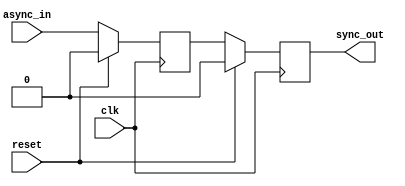
// Copyright 2024 Stefan Hirschbck
// Licensed under the Apache License, Version 2.0 (the "License");
// you may not use this file except in compliance with the License. 
// You may obtain a copy of the License at
// 
// http://www.apache.org/licenses/LICENSE2.0
// 
// Unless required by applicable law or agreed to in writing, software
// distributed under the License is distributed on an "AS IS" BASIS,
// WITHOUT WARRANTIES OR CONDITIONS OF ANY KIND, either express or implied. See the License for the specific language governing permissions and
// limitations under the License.

`default_nettype none

//synchronizer with 2 FF

module synchronizer (
    input wire clk,
    input wire reset,
    input wire async_in,
    output wire sync_out 
);

reg sync_ff1;
reg sync_ff2;

always @(posedge clk) begin
    if (reset) begin
        sync_ff1 <= 1'b0;
        sync_ff2 <= 1'b0;
    end else begin
        sync_ff1 <= async_in;
        sync_ff2 <= sync_ff1;
    end
end

assign sync_out = sync_ff2;

endmodule